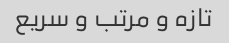
تازه و مرتب و سریع